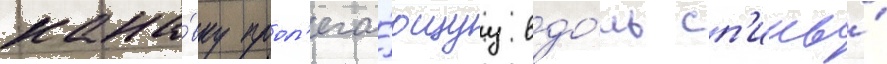
кана́вку прол'ега́ющуу вдо́ль сп'ины́